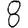
Digit: 8